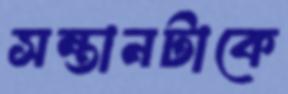
সন্তানটাকে